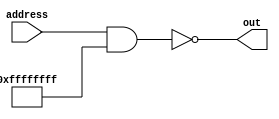
module AddressDetect (address, out);

input [31:0] address;
output out;

parameter base_address = 32'h00000000;
parameter address_mask = 32'hFFFFFFFF;

assign out = ((address & address_mask) == base_address);

endmodule